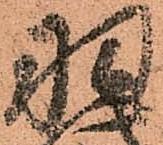
羽